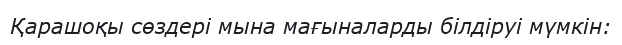
Қарашоқы сөздері мына мағыналарды білдіруі мүмкін: